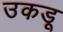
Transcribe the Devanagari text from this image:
उकडू